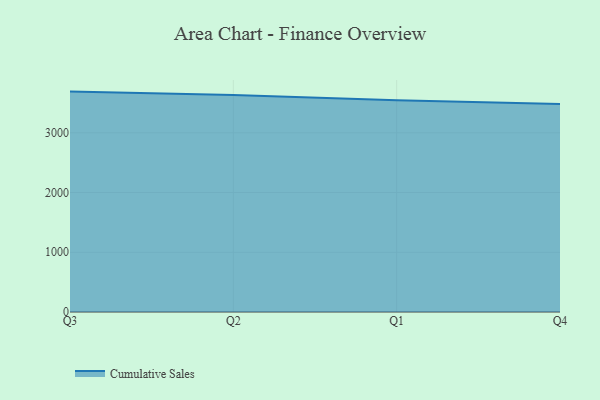
{"axis": {"x": "Quarter", "y": "Customer Acquisition Cost (USD)"}, "legend": ["Cumulative Sales"], "data": [{"x": "Q3", "y": 3689.7, "type": "Cumulative Sales"}, {"x": "Q2", "y": 3631.6, "type": "Cumulative Sales"}, {"x": "Q1", "y": 3545.5, "type": "Cumulative Sales"}, {"x": "Q4", "y": 3480.9, "type": "Cumulative Sales"}]}